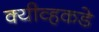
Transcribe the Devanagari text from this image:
क्यीव्हकडे